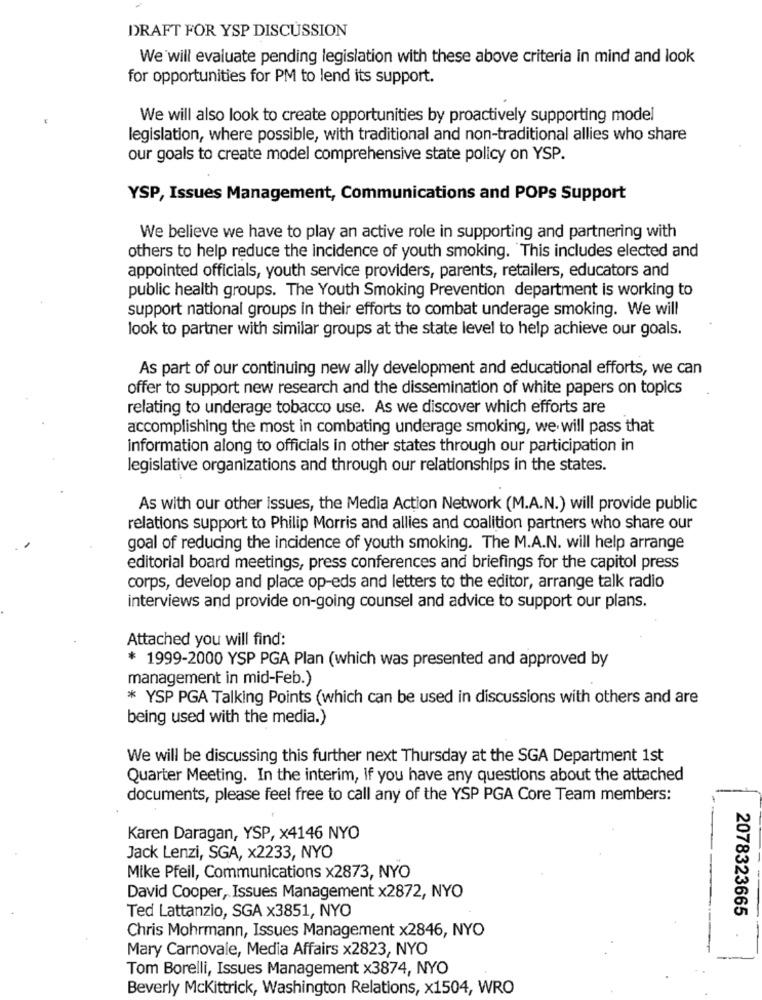
DRAFT FOR YSP DISCUSSION
We will evaluate pending legislation with these above criteria in mind and look
for opportunities for PM to lend its support.
We will also look to create opportunities by proactively supporting model
legislation, where possible, with traditional and non-traditional allies who share
our goals to create model comprehensive state policy on YSP.
YSP, Issues Management, Communications and POPs Support
We believe we have to play an active role in supporting and partnering with
others to help reduce the incidence of youth smoking. This includes elected and
appointed officials, youth service providers, parents, retailers, educators and
public health groups. The Youth Smoking Prevention department is working to
support national groups in their efforts to combat underage smoking. We will
look to partner with similar groups at the state level to help achieve our goals.
As part of our continuing new ally development and educational efforts, we can
offer to support new research and the dissemination of white papers on topics
relating to underage tobacco use. As we discover which efforts are
accomplishing the most in combating underage smoking, we will pass that
information along to officials in other states through our participation in
legislative organizations and through our relationships in the states.
As with our other issues, the Media Action Network (M.A.N.) will provide public
relations support to Philip Morris and allies and coalition partners who share our
goal of reducing the incidence of youth smoking. The M.A.N. will help arrange
editorial board meetings, press conferences and briefings for the capitol press
corps, develop and place op-eds and letters to the editor, arrange talk radio
interviews and provide on-going counsel and advice to support our plans.
Attached you will find:
* 1999-2000 YSP PGA Plan (which was presented and approved by
management in mid-Feb.)
* YSP PGA Talking Points (which can be used in discussions with others and are
being used with the media.)
We will be discussing this further next Thursday at the SGA Department 1st
Quarter Meeting. In the interim, If you have any questions about the attached
documents, please feel free to call any of the YSP PGA Core Team members:
Karen Daragan, YSP, x4146 NYO
Jack Lenzi, SGA, x2233, NYO
Mike Pfeil, Communications x2873, NYO
David Cooper, Issues Management x2872, NYO
2078323665
Ted Lattanzio, SGA x3851, NYO
Chris Mohrmann, Issues Management x2846, NYO
Mary Carnovale, Media Affairs x2823, NYO
Tom Borelli, Issues Management x3874, NYO
Beverly Mckittrick, Washington Relations, x1504, WRO